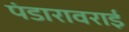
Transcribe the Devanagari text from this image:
पंडारावराई